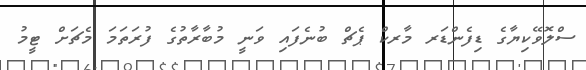
ސްލޮވޭކިޔާގެ ޑިފެންޑަރ މާރކް ޕެޗް ބުނެފައި ވަނީ މުބާރާތުގެ ފުރަތަމަ މެޗަށް ޓީމު